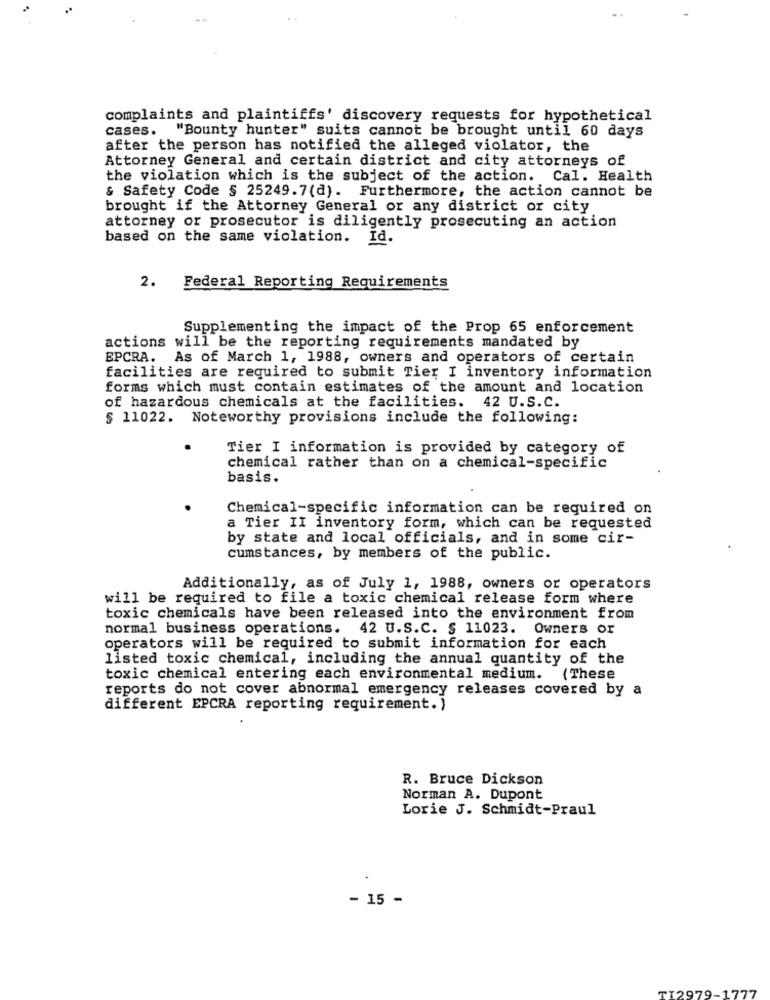
complaints and plaintiffs' discovery requests for hypothetical
cases.
"Bounty hunter" suits cannot be brought until 60 days
after the person has notified the alleged violator, the
Attorney General and certain district and city attorneys of
the violation which is the subject of the action. Cal. Health
& Safety Code § 25249.7(d). Furthermore, the action cannot be
brought if the Attorney General or any district or city
attorney or prosecutor is diligently prosecuting an action
based on the same violation. I
2.
Federal Reporting Requirements
Supplementing the impact of the Prop 65 enforcement
actions will be the reporting requirements mandated by
EPCRA. As of March 1, 1988, owners and operators of certain
facilities are required to submit Tier I inventory information
forms which must contain estimates of the amount and location
of hazardous chemicals at the facilities. 42 U.S.C.
$ 11022. Noteworthy provisions include the following:
Tier I information is provided by category of
chemical rather than on a chemical-specific
basis.
Chemical-specific information can be required on
a Tier II inventory form, which can be requested
by state and local officials, and in some cir-
cumstances, by members of the public.
Additionally, as of July 1, 1988, owners or operators
will be required to file a toxic chemical release form where
toxic chemicals have been released into the environment from
normal business operations. 42 U.S.C. § 11023. Owners or
operators will be required to submit information for each
listed toxic chemical, including the annual quantity of the
toxic chemical entering each environmental medium. (These
reports do not cover abnormal emergency releases covered by a
different EPCRA reporting requirement. )
R. Bruce Dickson
Norman A. Dupont
Lorie J. Schmidt-Praul
- 15 -
TI2979-1777